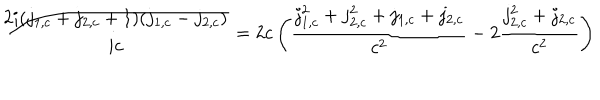
LaTeX: { \frac { 2 i ( j _ { 1 , c } + j _ { 2 , c } + 1 ) ( j _ { 1 , c } - j _ { 2 , c } ) } { i c } } = 2 c \left( { \frac { j _ { 1 , c } ^ { 2 } + j _ { 2 , c } ^ { 2 } + j _ { 1 , c } + j _ { 2 , c } } { c ^ { 2 } } } - 2 { \frac { j _ { 2 , c } ^ { 2 } + j _ { 2 , c } } { c ^ { 2 } } } \right)